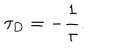
LaTeX: \tau _ { D } = - { \frac { 1 } { \tau } } .